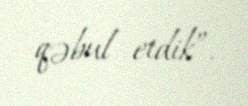
qəbul etdik”.